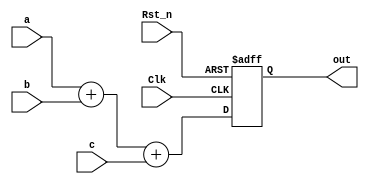
module    block(
                Rst_n,
                Clk,
                a,
                b,
                c,
                out
                );

    input               Rst_n;
    input               Clk;
    input               a,b,c;
    output reg  [1:0]   out;
    reg         [1:0]   d;
    //d = a + c
    //out = d + c

    always @(posedge Clk or negedge Rst_n)
        if(!Rst_n)
            out = 2'b0;
        else 
            begin
                d = a + b;
                out = d + c ;
            end
endmodule